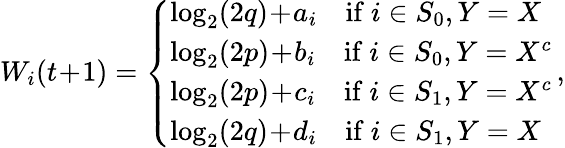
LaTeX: W_{i}(t\! +\! 1)=\left\{ \begin{array}{ll}{\log_{2}(2q)\! +\! a_{i}\quad\mathrm{if~}i\in S_{0},Y=X}\\ {\log_{2}(2p)\! +\! b_{i}\quad\mathrm{if~}i\in S_{0},Y=X^{c}}\\ {\log_{2}(2p)\! +\! c_{i}\quad\mathrm{if~}i\in S_{1},Y=X^{c}}\\ {\log_{2}(2q)\! +\! d_{i}\quad\mathrm{if~}i\in S_{1},Y=X}\end{array}\right.\, ,